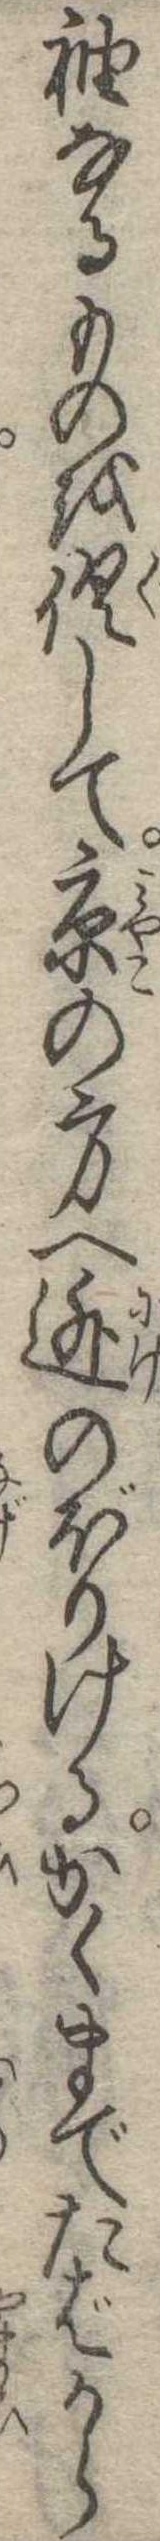
袖なるものを倶して京の方へ逃のぼりけるかくまでたばから